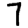
Digit: 7